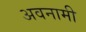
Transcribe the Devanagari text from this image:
अवनामी